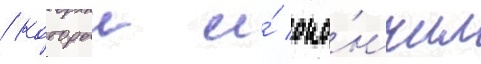
/ которыи и́ око́нчил